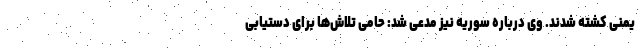
یمنی کشته شدند. وی درباره سوریه نیز مدعی شد: حامی تلاش‌ها برای دستیابی